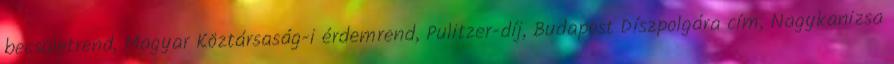
becsületrend, Magyar Köztársaság-i érdemrend, Pulitzer-díj, Budapest Díszpolgára cím, Nagykanizsa